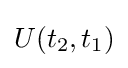
U(t_{2},t_{1})